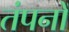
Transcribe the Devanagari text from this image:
तंपनों